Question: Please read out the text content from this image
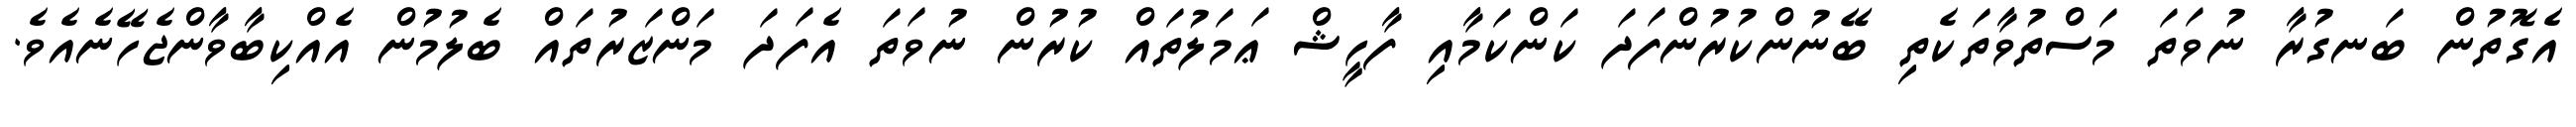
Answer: އެގޮތުން ބަނގުރާ ނުވަތަ މަސްތުވާތަކެތި ބޭނުންކުރުންފަދަ ކަންކަމާއި ފާހީޝް ޢަމަލުތައް ކުރުން ނުވަތަ އެފަދަ މަންޒަރުތައް ބެލުމުން އެއްކިބާވާންޖެހޭނެއެވެ.